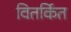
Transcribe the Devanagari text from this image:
वितर्कित